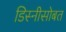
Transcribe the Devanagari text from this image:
डिस्नीसोबत